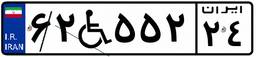
۶۲W۵۵۲۲۴